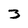
Character: 3